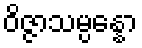
ဝိဇ္ဇာသမ္ပန္နော